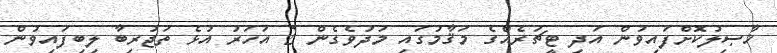
ޚާޞިލުކޮށްފައިވުން އަދި ޓީޗަރެއްގެ މަޤާމުގައި މަދުވެގެން 2 އަހަރު އުޅެ ތަޖުރިބާ ލިބިފައިވުން